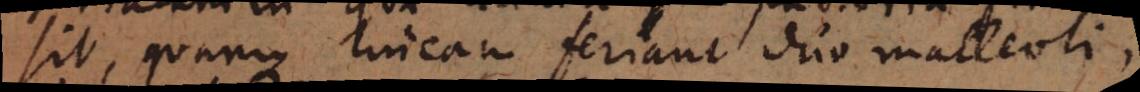
sit, quamque lineam feriant duo malleoli,